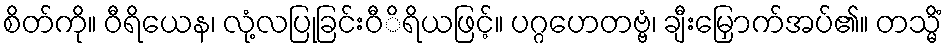
စိတ်ကို။ ဝီရိယေန၊ လုံ့လပြုခြင်းဝီိရိယဖြင့်။ ပဂ္ဂဟေတဗ္ဗံ၊ ချီးမြှောက်အပ်၏။ တသ္မိံ